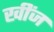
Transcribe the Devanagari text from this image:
खींज